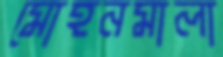
মোহনমালা